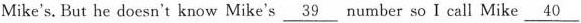
Mike's. But he doesn't know Mike's \underline{39} number so I call Mike \underline{40}